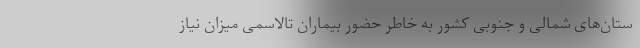
ستان‌های شمالی و جنوبی کشور به خاطر حضور بیماران تالاسمی میزان نیاز